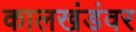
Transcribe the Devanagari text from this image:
कालखंडंवर